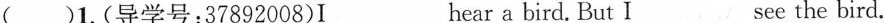
( )1.(导学号:37892008)I___hear a bird. But I___see the bird.